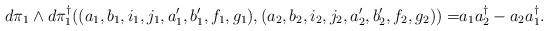
LaTeX: \begin{align*}d\pi_1\wedge d\pi_1^{\dagger}((a_1,b_1,i_1,j_1,a'_1,b'_1,f_1,g_1),(a_2,b_2,i_2,j_2,a'_2,b'_2,f_2,g_2)) =& a_1a_2^{\dagger} - a_2a_1^{\dagger}.\end{align*}